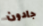
جادون